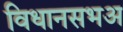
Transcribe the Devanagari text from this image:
विधानसभअ